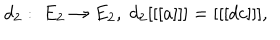
d _ { 2 } : \; E _ { 2 } \rightarrow E _ { 2 } , \; d _ { 2 } [ [ [ a ] ] ] = [ [ [ d c ] ] ] ,